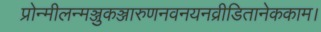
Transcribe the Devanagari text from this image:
प्रोन्मीलन्मञ्जुकञ्जारुणनवनयनव्रीडितानेककाम।